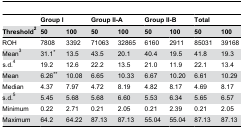
|  | <COLSPAN=2> Group I | <COLSPAN=2> Group II-A | <COLSPAN=2> Group II-B | <COLSPAN=2> Total |
 | Threshold2 | 50 | 100 | 50 | 100 | 50 | 100 | 50 | 100 |
 | --- | --- | --- | --- | --- | --- | --- | --- | --- |
 | ROH | 7808 | 3392 | 71063 | 32865 | 6160 | 2911 | 85031 | 39168 |
 | Mean3 | 31.1* | 13.5 | 43.5 | 20.1 | 40.4 | 19.5 | 41.8 | 19.3 |
 | s.d.4 | 19.2 | 12.6 | 22.2 | 13.5 | 21.0 | 11.9 | 22.1 | 13.4 |
 | Mean | 6.26** | 10.08 | 6.65 | 10.33 | 6.67 | 10.20 | 6.61 | 10.29 |
 | Median | 4.37 | 7.97 | 4.72 | 8.19 | 4.82 | 8.17 | 4.69 | 8.17 |
 | s.d.5 | 5.45 | 5.68 | 5.68 | 6.60 | 5.53 | 6.34 | 5.65 | 6.57 |
 | Minimum | 0.22 | 2.71 | 0.21 | 2.05 | 0.21 | 2.39 | 0.21 | 2.05 |
 | Maximum | 64.2 | 64.22 | 87.13 | 87.13 | 55.04 | 55.04 | 87.13 | 87.13 |